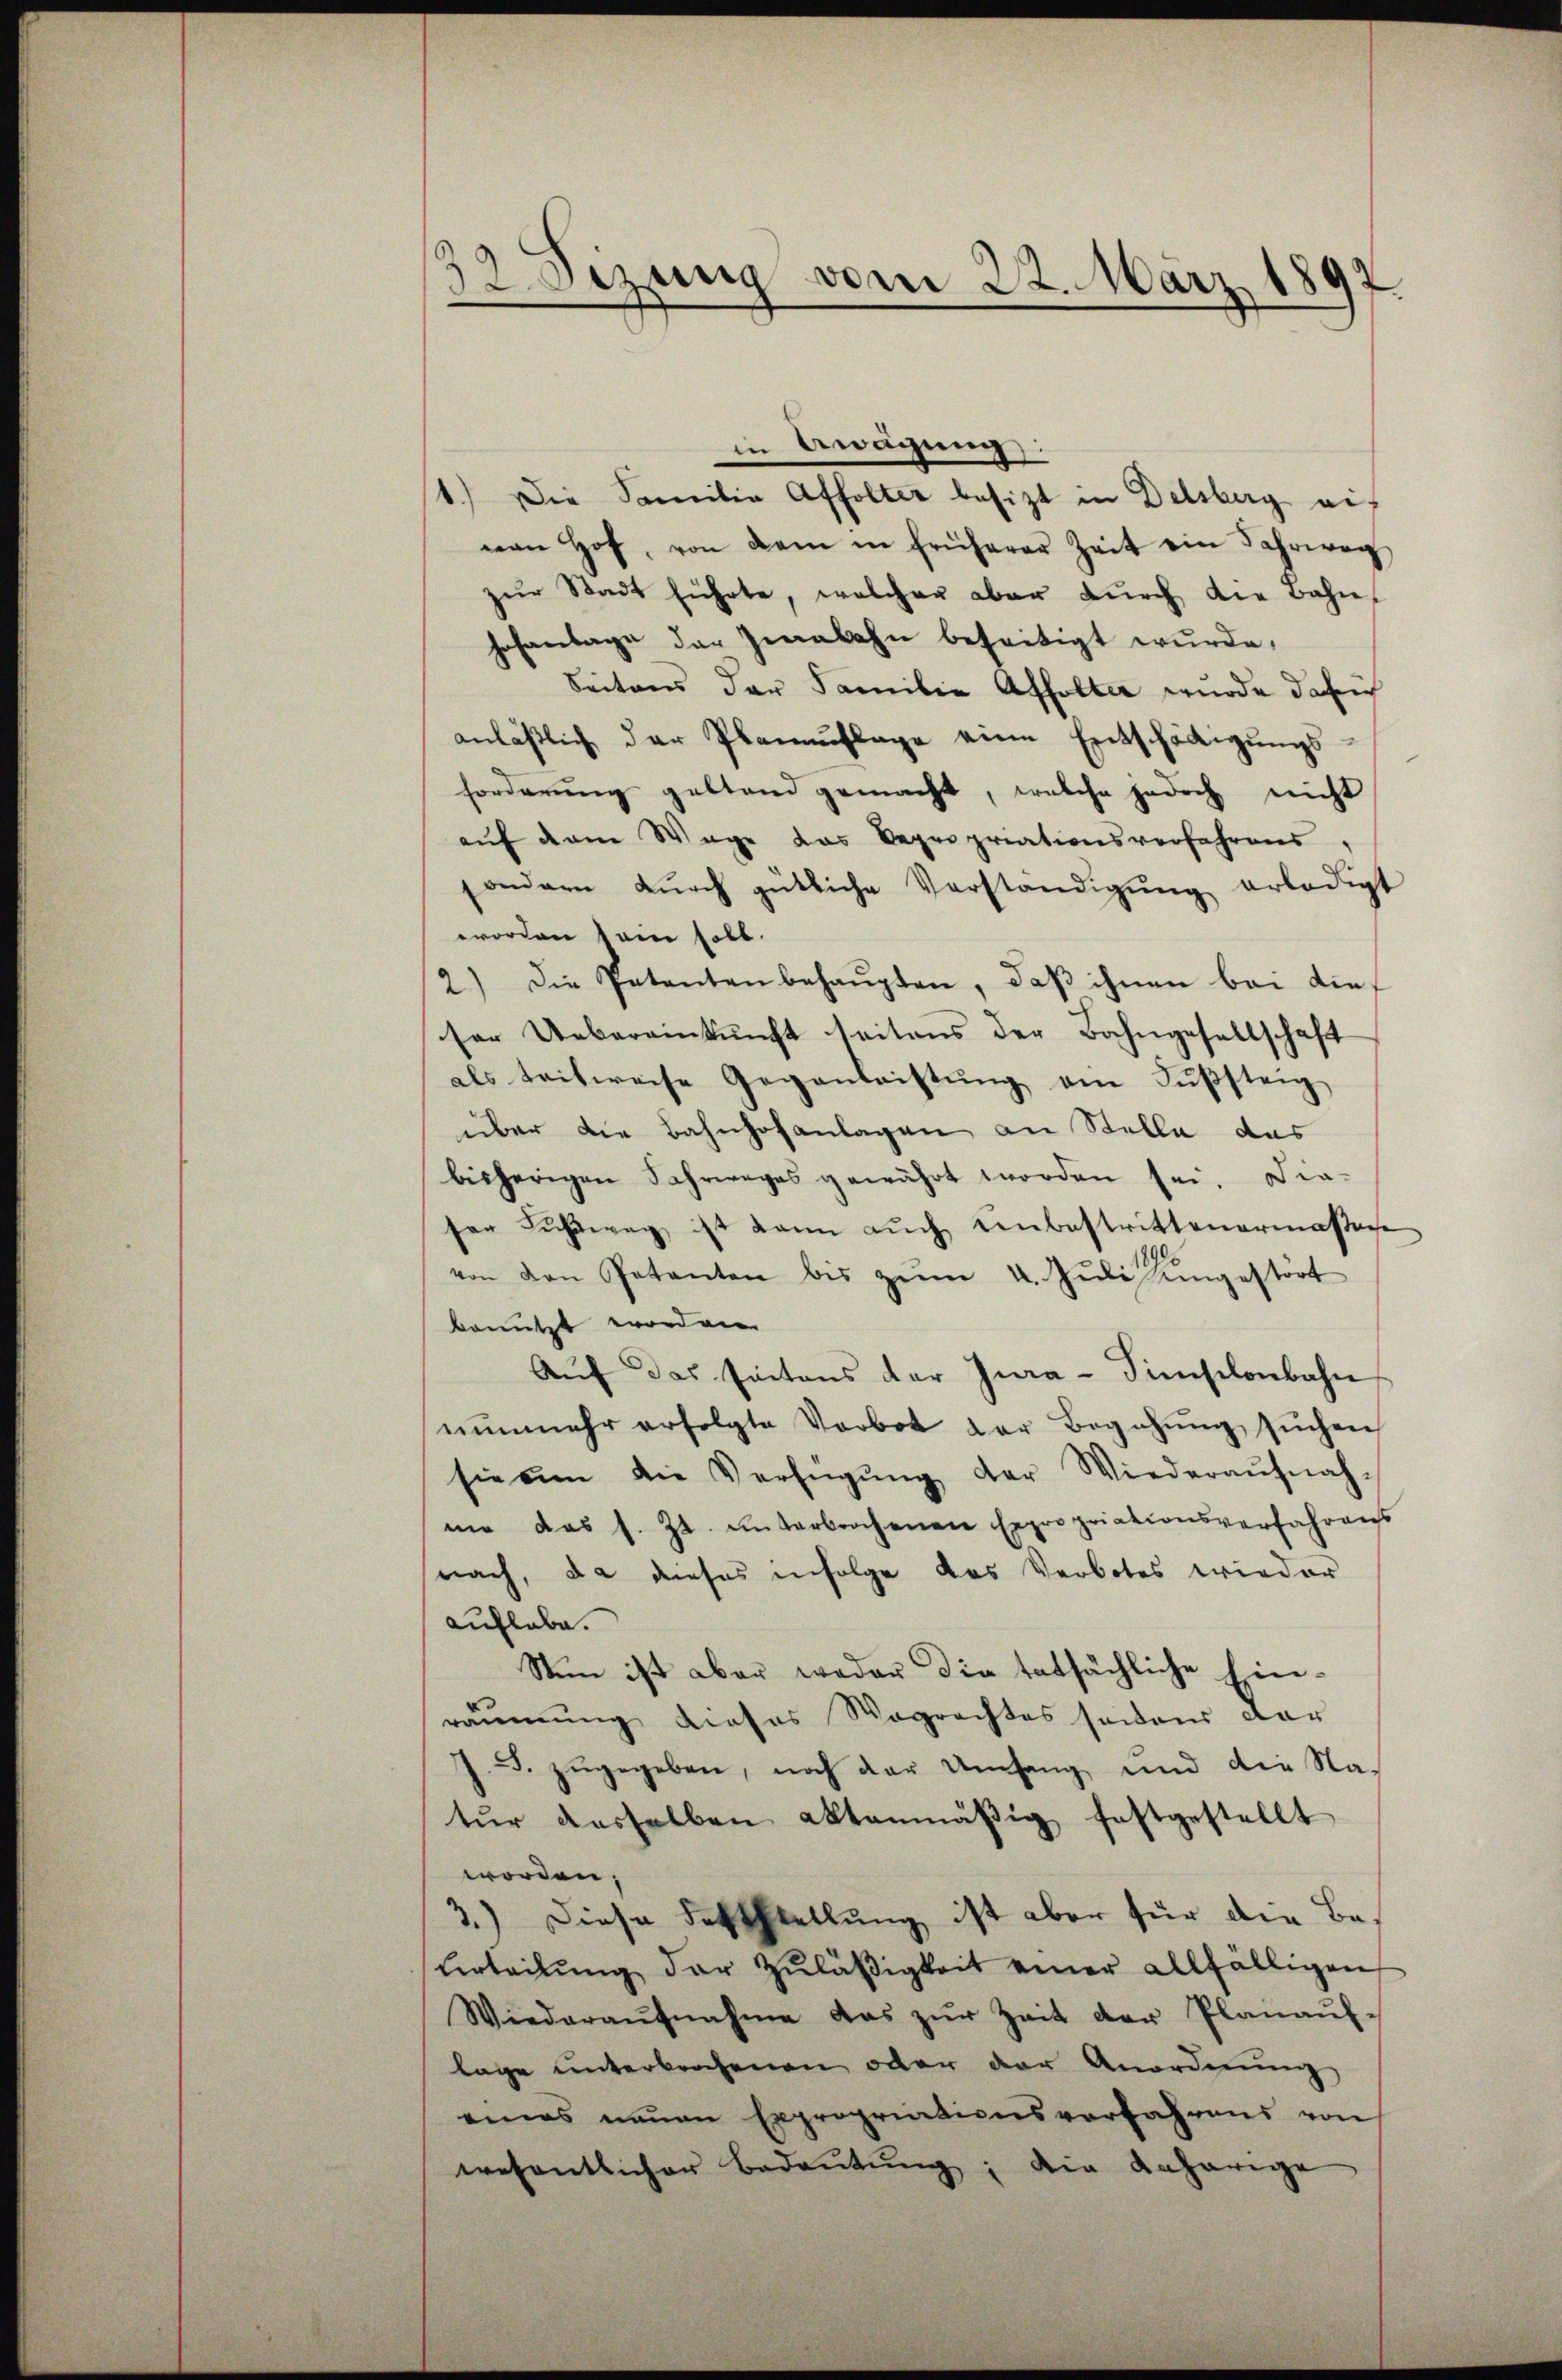
32 Sizung vom 22. März 1
897.

in Erwägung
1.) Die Familie Affolter besitzt in Delsberg auf
von Hof, von dem in früherer Zeit ein Jahrweg
zŭr Stadt führte, welcher aber dŭrch die Bahn-
hofanlage der Zwabahn beseitigt wurde,
Seitens der Familie Affolter wurde dafrich
anläßlich der Planauflage eine Entschädigungs-
forderung gestand gemacht, welche jedoch nicht
auf dem Wege das Depropriationsverfahrens,
sondern dŭrch gütliche Vorständigŭng erledigt
worden kein soll.
2.) Die Petenten behaŭpten, daβ ihnen bei die
ser Uebereinkunft seitens der Bahngesellschaft
als teitweise Gegenleistŭng am Fußsteig
über die Bahnhofanlagen an Stelle das
bisherigen Fahrweges gewährt worden sei. Die-
ser Fuhrweg ist kann aŭch einbestrittenermaßene
von den Petenten bis zŭm 4. Jŭli gestört
benutzt worden.
Auf das seitens der Jura-Simselonbahn
nŭnmehr erfolgte Vorbot der Begehung suchen
sie um die Verfügŭng der Wiederaŭfnah-
ne das s. Zt. unterbrochenen Expropriationsverfahrens
nach, da dieses infolge das Verbotes wieder
auflebe.
Sten ist aber weder die tatsächliche Ein-
räumung dieses Wagrechtes seiens dar
J. F. zŭgegeben, noch der Umfang und die Na-
tŭr dasselben aktenmäβig festgestellt
worden,
3.) Diese Feststellung ist aber für die Be¬
Uerteilŭng der Zŭläβigkeit einer allfälligen
Wiederaŭfnahme das zŭr Zeit der Planaŭf-
lage unterbrochenen oder der Anordnung
eines neuen Expropriationsverfahrens von
wesentlicher Bedeŭtŭng, die Anhörige